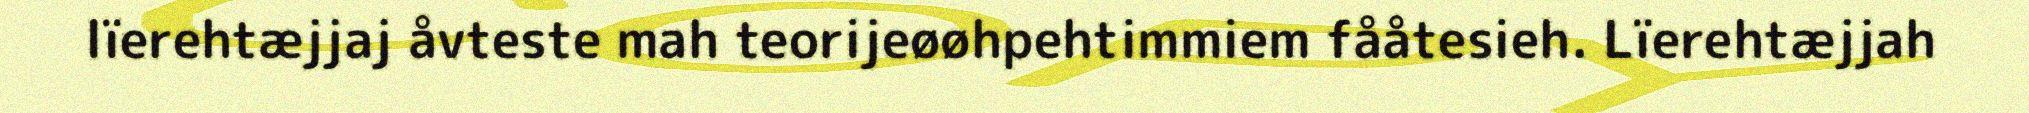
lïerehtæjjaj åvteste mah teorijeøøhpehtimmiem fååtesieh. Lïerehtæjjah